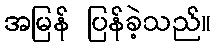
အမြန် ပြန်ခဲ့သည်။